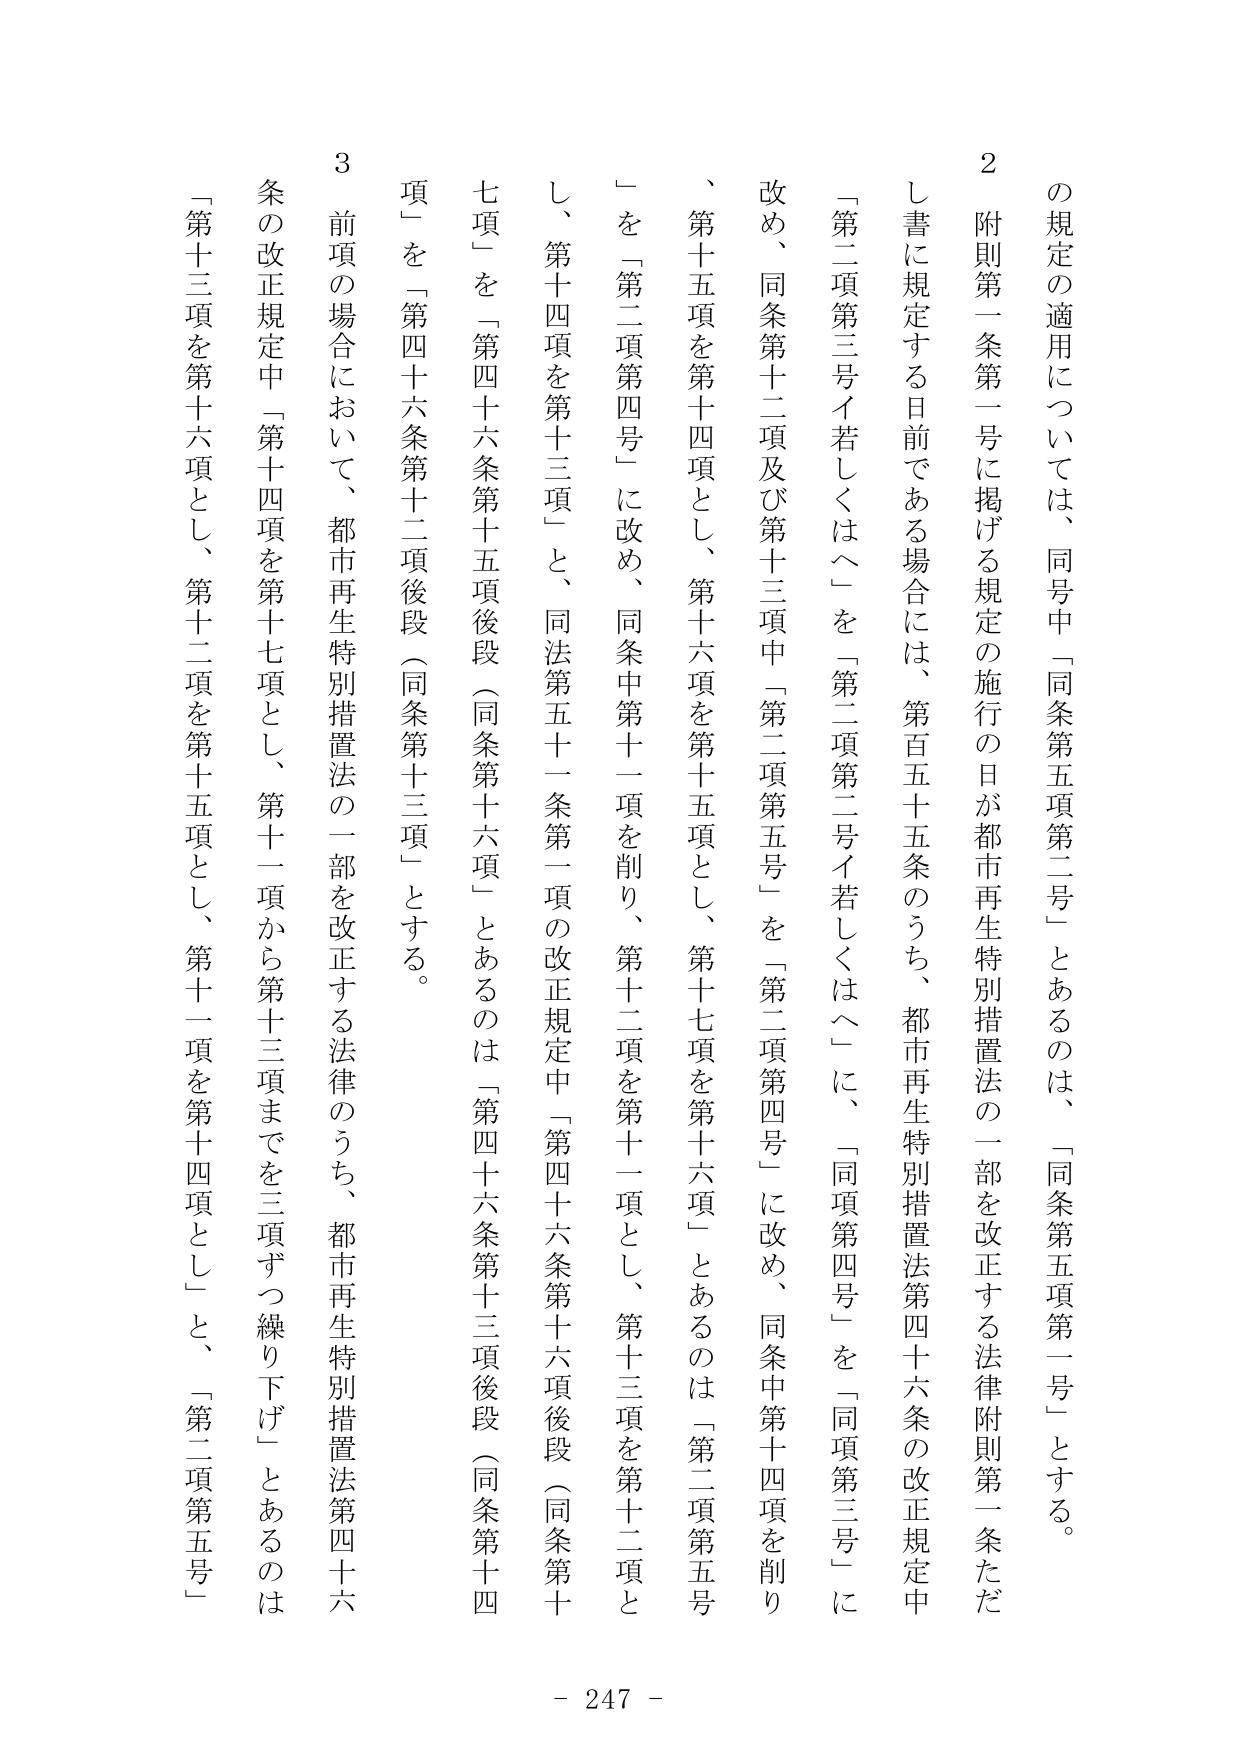
の規定の適用については、同号中「同条第五項第二号」とあるのは、「同条第五項第一号」とする。

2 附則第一条第一号に掲げる規定の施行の日が都市再生特別措置法の一部を改正する法律附則第一条ただし書に規定する日前である場合には、第百五十五条のうち、都市再生特別措置法第四十六条の改正規定中「第二項第三号イ若しくはヘ」を「第二項第二号イ若しくはヘ」に、「同項第四号」を「同項第三号」に改め、同条第十二項及び第十三項中「第二項第五号」を「第二項第四号」に改め、同条中第十四項を削り、第十五項を第十四項とし、第十六項を第十五項とし、第十七項を第十六項」とあるのは「第二項第五号」を「第二項第四号」に改め、同条中第十一項を削り、第十二項を第十一項とし、第十三項を第十二項とし、第十四項を第十三項」と、同法第五十一条第一項の改正規定中「第四十六条第十六項後段（同条第十七項）」を「第四十六条第十五項後段（同条第十六項）」とあるのは「第四十六条第十三項後段（同条第十四項）」を「第四十六条第十二項後段（同条第十三項）」とする。

3 前項の場合において、都市再生特別措置法の一部を改正する法律のうち、都市再生特別措置法第四十六条の改正規定中「第十四項を第十七項とし、第十一項から第十三項までを三項ずつ繰り下げ」とあるのは「第十三項を第十六項とし、第十二項を第十五項とし、第十一項を第十四項とし」と、「第二項第五号」